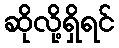
ဆိုလို့ရှိရင်